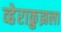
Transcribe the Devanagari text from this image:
व्हेराक्रुझला